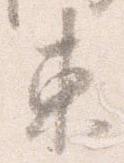
東